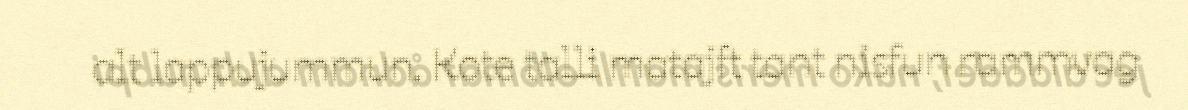
alt lappujummun. Kote talli matajft tant nisfun rammvag